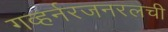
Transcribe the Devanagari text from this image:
गव्हर्नरजनरलची